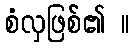
စံလှဖြစ်၏ ။